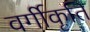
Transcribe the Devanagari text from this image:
वर्गीकृति